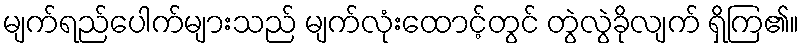
မျက်ရည်ပေါက်များသည် မျက်လုံးထောင့်တွင် တွဲလွဲခိုလျက် ရှိကြ၏။